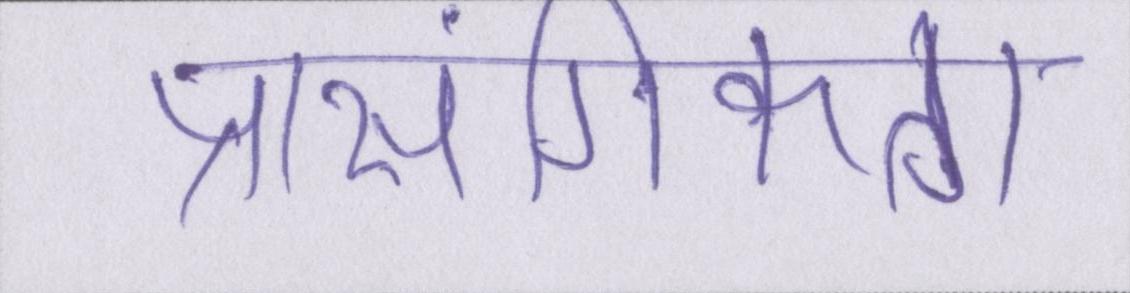
प्रासंगिकता